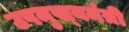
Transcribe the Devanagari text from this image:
उपमुख्‍यमंत्री